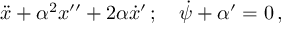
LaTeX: \ddot { x } + \alpha ^ { 2 } x ^ { \prime \prime } + 2 \alpha \dot { x } ^ { \prime } \, ; \quad \dot { \psi } + \alpha ^ { \prime } = 0 \, ,